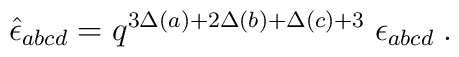
\hat{\epsilon}_{abcd} = q^{3\Delta(a)+2\Delta(b)+\Delta(c) +3}\;\epsilon_{abcd}  \;.